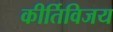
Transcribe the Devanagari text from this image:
कीर्तिविजय